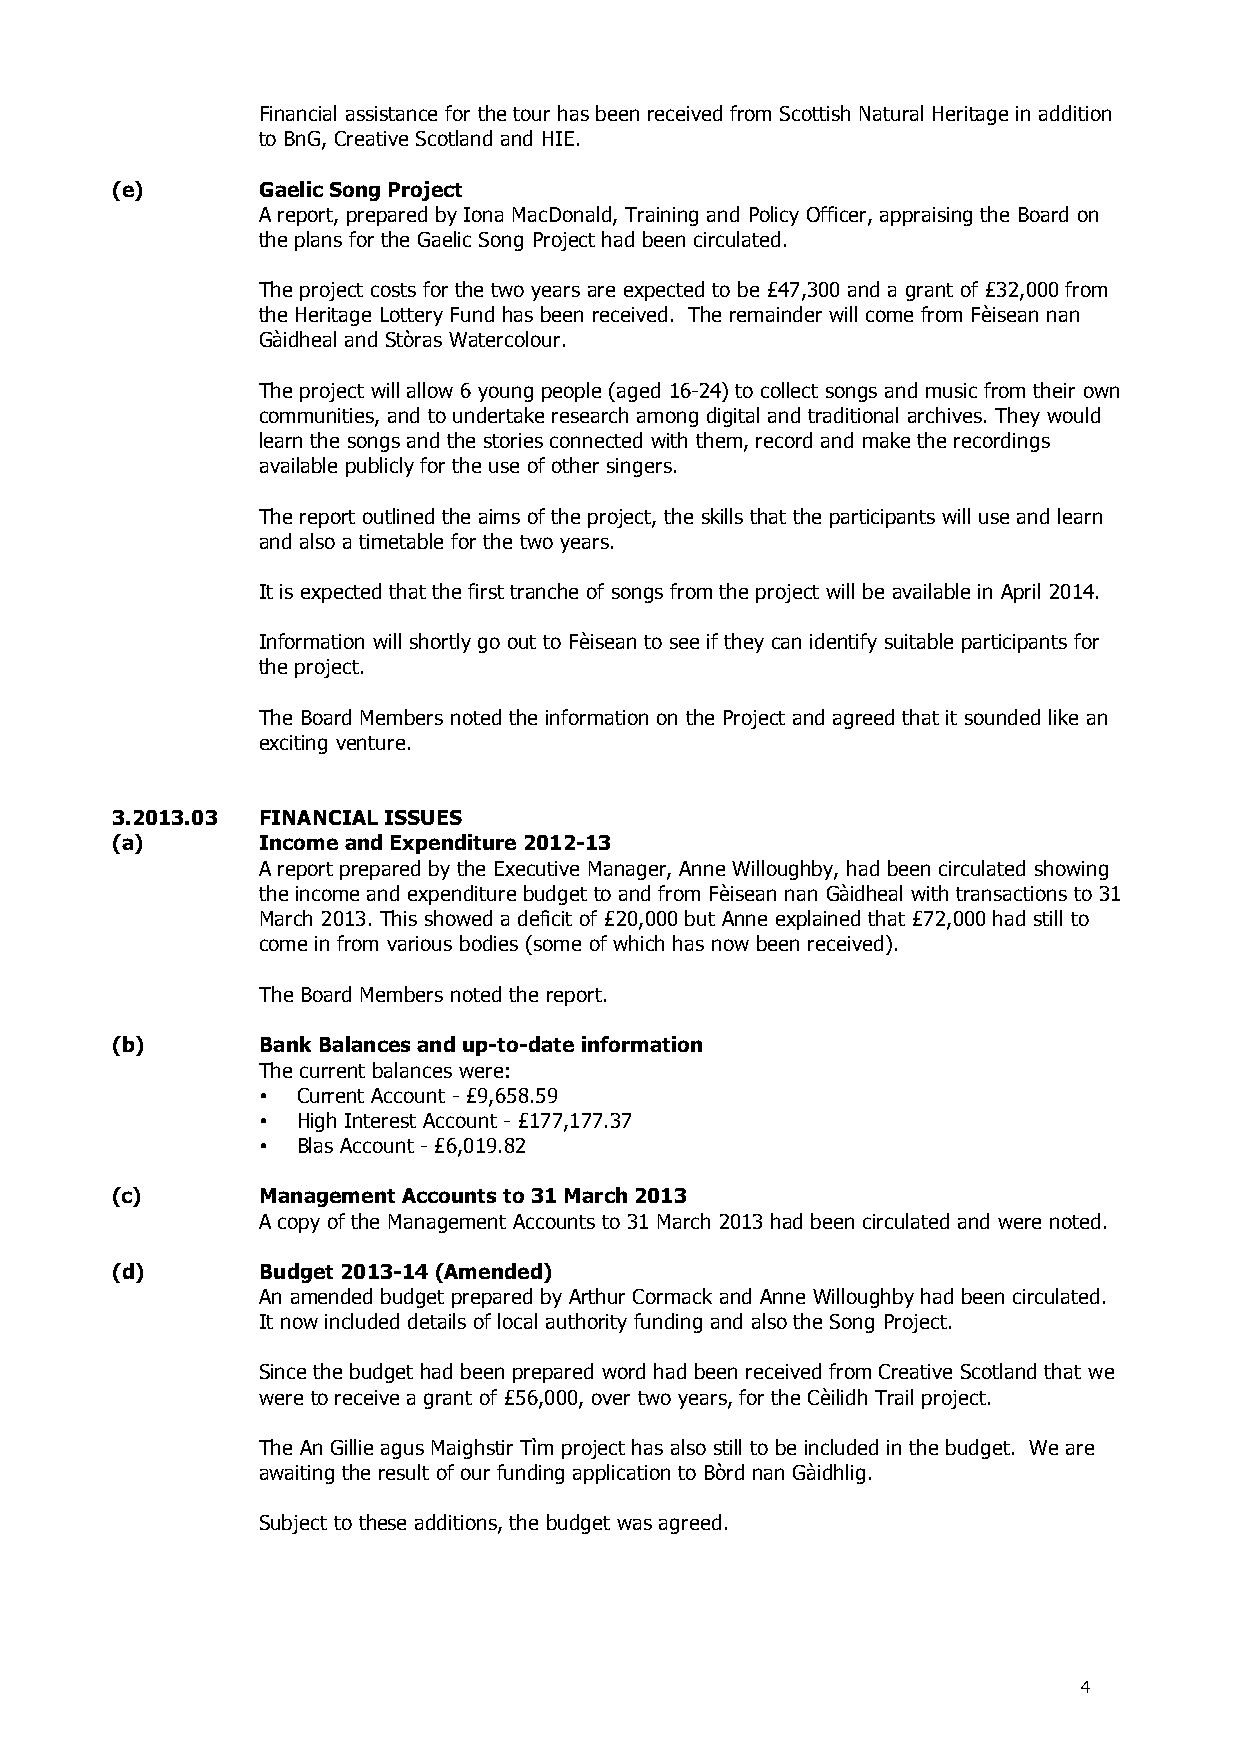
Financial assistance for the tour has been received from Scottish Natural Heritage in addition
 to BnG, Creative Scotland and HIE.
 (e)       Gaelic Song Project
 A report, prepared by Iona MacDonald, Training and Policy Officer, appraising the Board on
 the plans for the Gaelic Song Project had been circulated.
 The project costs for the two years are expected to be £47,300 and a grant of £32,000 from
 the Heritage Lottery Fund has been received. The remainder will come from Fèisean nan
 Gàidheal and Stòras Watercolour.
 The project will allow 6 young people (aged 16-24) to collect songs and music from their own
 communities, and to undertake research among digital and traditional archives. They would
 learn the songs and the stories connected with them, record and make the recordings
 available publicly for the use of other singers.
 The report outlined the aims of the project, the skills that the participants will use and learn
 and also a timetable for the two years.
 It is expected that the first tranche of songs from the project will be available in April 2014.
 Information will shortly go out to Fèisean to see if they can identify suitable participants for
 the project.
 The Board Members noted the information on the Project and agreed that it sounded like an
 exciting venture.
 3.2013.03 FINANCIAL ISSUES
 (a)       Income and Expenditure 2012-13
 A report prepared by the Executive Manager, Anne Willoughby, had been circulated showing
 the income and expenditure budget to and from Fèisean nan Gàidheal with transactions to 31
 March 2013. This showed a deficit of £20,000 but Anne explained that £72,000 had still to
 come in from various bodies (some of which has now been received).
 The Board Members noted the report.
 (b)       Bank Balances and up-to-date information
 The current balances were:
 •  Current Account - £9,658.59
 •  High Interest Account - £177,177.37
 •  Blas Account - £6,019.82
 (c)       Management Accounts to 31 March 2013
 A copy of the Management Accounts to 31 March 2013 had been circulated and were noted.
 (d)       Budget 2013-14 (Amended)
 An amended budget prepared by Arthur Cormack and Anne Willoughby had been circulated.
 It now included details of local authority funding and also the Song Project.
 Since the budget had been prepared word had been received from Creative Scotland that we
 were to receive a grant of £56,000, over two years, for the Cèilidh Trail project.
 The An Gillie agus Maighstir Tìm project has also still to be included in the budget. We are
 awaiting the result of our funding application to Bòrd nan Gàidhlig.
 Subject to these additions, the budget was agreed.
 4